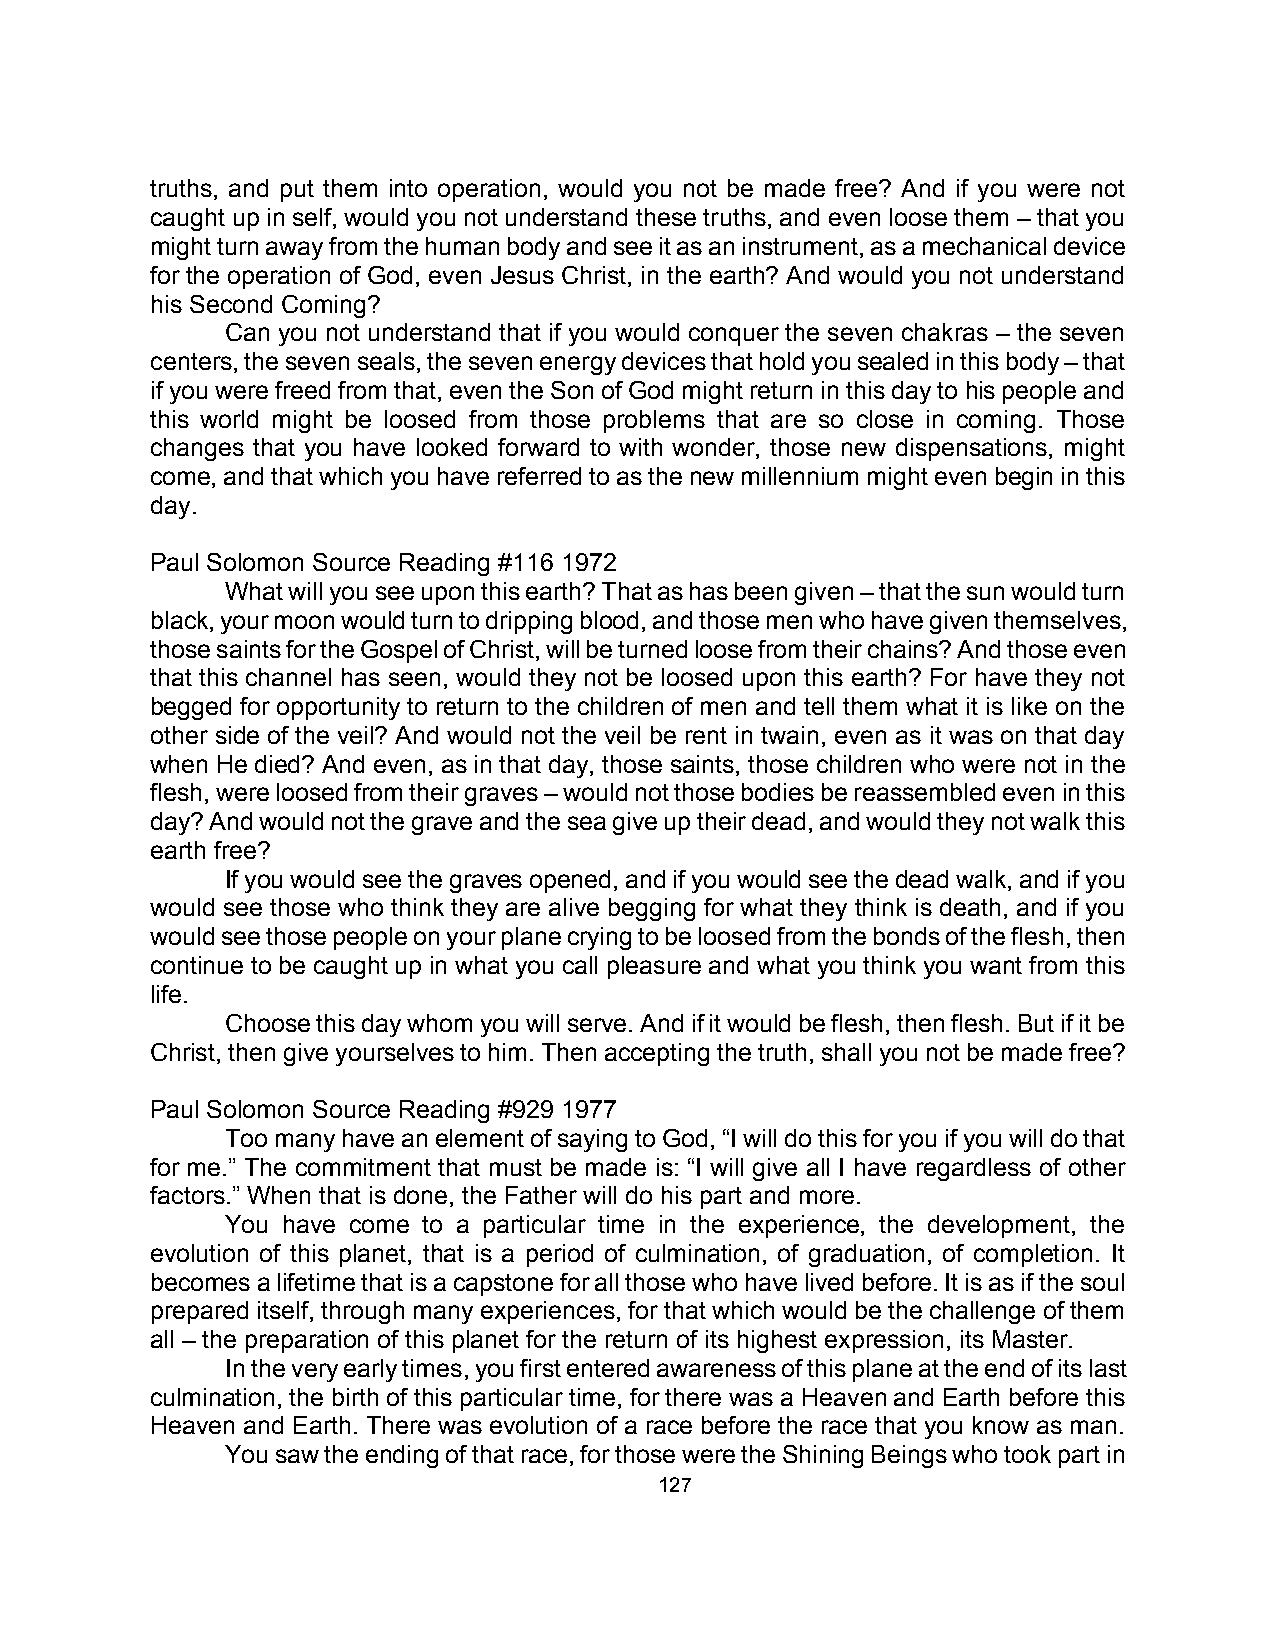
truths, and put them into operation, would you not be made free? And if you were not
 caught up in self, would you not understand these truths, and even loose them – that you
 might turn away from the human body and see it as an instrument, as a mechanical device
 for the operation of God, even Jesus Christ, in the earth? And would you not understand
 his Second Coming?
 Can you not understand that if you would conquer the seven chakras – the seven
 centers, the seven seals, the seven energy devices that hold you sealed in this body – that
 if you were freed from that, even the Son of God might return in this day to his people and
 this world might be loosed from those problems that are so close in coming. Those
 changes that you have looked forward to with wonder, those new dispensations, might
 come, and that which you have referred to as the new millennium might even begin in this
 day.
 Paul Solomon Source Reading #116 1972
 What will you see upon this earth? That as has been given – that the sun would turn
 black, your moon would turn to dripping blood, and those men who have given themselves,
 those saints for the Gospel of Christ, will be turned loose from their chains? And those even
 that this channel has seen, would they not be loosed upon this earth? For have they not
 begged for opportunity to return to the children of men and tell them what it is like on the
 other side of the veil? And would not the veil be rent in twain, even as it was on that day
 when He died? And even, as in that day, those saints, those children who were not in the
 flesh, were loosed from their graves – would not those bodies be reassembled even in this
 day? And would not the grave and the sea give up their dead, and would they not walk this
 earth free?
 If you would see the graves opened, and if you would see the dead walk, and if you
 would see those who think they are alive begging for what they think is death, and if you
 would see those people on your plane crying to be loosed from the bonds of the flesh, then
 continue to be caught up in what you call pleasure and what you think you want from this
 life.
 Choose this day whom you will serve. And if it would be flesh, then flesh. But if it be
 Christ, then give yourselves to him. Then accepting the truth, shall you not be made free?
 Paul Solomon Source Reading #929 1977
 Too many have an element of saying to God, “I will do this for you if you will do that
 for me.” The commitment that must be made is: “I will give all I have regardless of other
 factors.” When that is done, the Father will do his part and more.
 You have come to a particular time in the experience, the development, the
 evolution of this planet, that is a period of culmination, of graduation, of completion. It
 becomes a lifetime that is a capstone for all those who have lived before. It is as if the soul
 prepared itself, through many experiences, for that which would be the challenge of them
 all – the preparation of this planet for the return of its highest expression, its Master.
 In the very early times, you first entered awareness of this plane at the end of its last
 culmination, the birth of this particular time, for there was a Heaven and Earth before this
 Heaven and Earth. There was evolution of a race before the race that you know as man.
 You saw the ending of that race, for those were the Shining Beings who took part in
 127